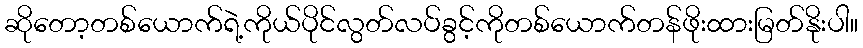
ဆိုတော့တစ်ယောက်ရဲ့ကိုယ်ပိုင်လွတ်လပ်ခွင့်ကိုတစ်ယောက်တန်ဖိုးထားမြတ်နိုးပါ။